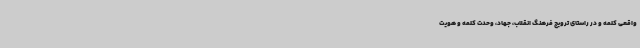
واقعی کلمه و در راستای ترویج فرهنگ انقلاب، جهاد، وحدت کلمه و هویت